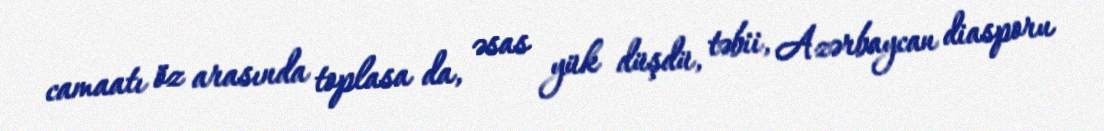
camaatı öz arasında toplasa da, əsas yük düşdü, təbii, Azərbaycan diasporu